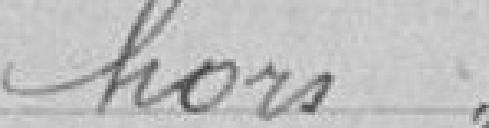
hors